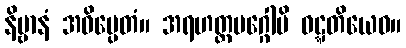
နိဗ္ဗာနံ အဓိပ္ပေတံ။ အရဟတ္တမဂ္ဂေါပိ ဝဋ္ဋတိယေဝ။